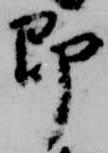
即